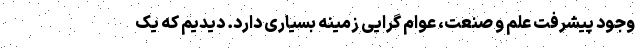
وجود پیشرفت علم و صنعت، عوام گرایی زمینه بسیاری دارد. دیدیم که یک